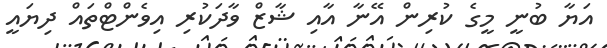
އަޔާ ބުނީ މީގެ ކުރިން އޭނާ އާއި ޝާޒް ވާދަކުރި އިވެންޓްތައް ދިޔައީ